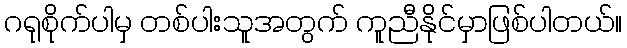
ဂရုစိုက်ပါမှ တစ်ပါးသူအတွက် ကူညီနိုင်မှာဖြစ်ပါတယ်။